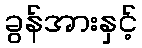
ခွန်အားနှင့်